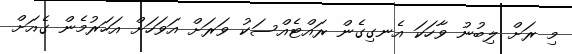
މި ރަށް ލިބުނު ވާހަކަ އެނގިގެން ރައްޓެއްސަކު ވަރަށް އަވަހަށް އަހަރުމެން ގެއަށް